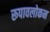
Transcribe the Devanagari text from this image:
रूपावलोकन